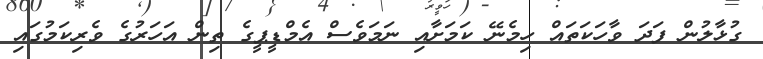
ގުޅާލުން ފަދަ ވާހަކަތައް ހިމެނޭ ކަމަށާއި ނަމަވެސް އެމްޑީޕީގެ ތިން އަހަރުގެ ވެރިކަމުގައި